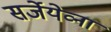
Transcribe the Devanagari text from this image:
सर्जेयेव्ना